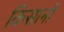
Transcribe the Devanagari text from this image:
किसानों